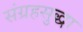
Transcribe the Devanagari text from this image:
संग्रहसुद्धा